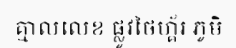
គ្មាលលេខ ផ្លូវថៃហ្គ័រ ភូមិ